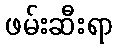
ဖမ်းဆီးရာ